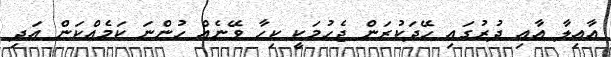
އާއިލާ އާއި ދުރުގައި ހޭދަކުރަން ޖެހުމަކީ ކިހާ ވޭނެއް ހުންނަ ކަމެއްކަން އަދި